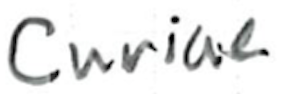
Text: curiae
Cross-out: clean
Writing tool: ballpoint